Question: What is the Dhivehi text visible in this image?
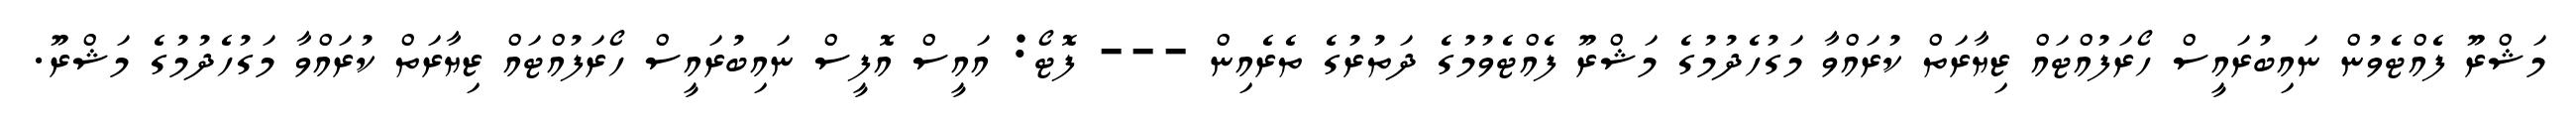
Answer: މަޝްރޫ ފެއްޓެވުން ނައިބުރައީސް ހޯރަފުއްޓައް ޒިޔާރަތް ކުރައްވާ މަގުހެދުމުގެ މަޝްރޫ ފެއްޓެވުމުގެ ދަތުރުގެ ތެރެއިން --- ފޮޓޯ: އައީސް އޮފީސް ނައިބުރައީސް ހޯރަފުއްޓައް ޒިޔާރަތް ކުރައްވާ މަގުހެދުމުގެ މަޝްރޫ.